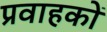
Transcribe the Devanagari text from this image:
प्रवाहकों